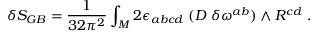
\delta S _ { G B } = { \frac { 1 } { 3 2 \pi ^ { 2 } } } \int _ { M } 2 \epsilon _ { a b c d } \; ( D \; \delta \omega ^ { a b } ) \wedge R ^ { c d } \ .